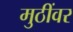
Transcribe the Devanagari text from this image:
मुठींवर